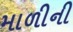
માળીની